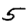
Digit: 5